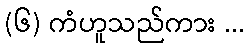
(၆) ကံဟူသည်ကား ...